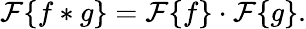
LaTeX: {\mathcal{F}}\{ f*g\} ={\mathcal{F}}\{ f\} \cdot{\mathcal{F}}\{ g\} .